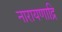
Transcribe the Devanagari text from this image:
नारायणाद्रि